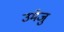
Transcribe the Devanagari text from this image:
उमेजु